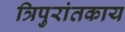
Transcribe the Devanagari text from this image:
त्रिपुरांतकाय